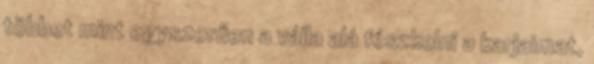
többet mint egyszerűen a válla alá fészkelni a karjaimat,